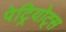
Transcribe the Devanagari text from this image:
पेट्रियोट्स